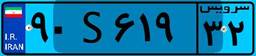
۹۰S۶۱۹۳۲